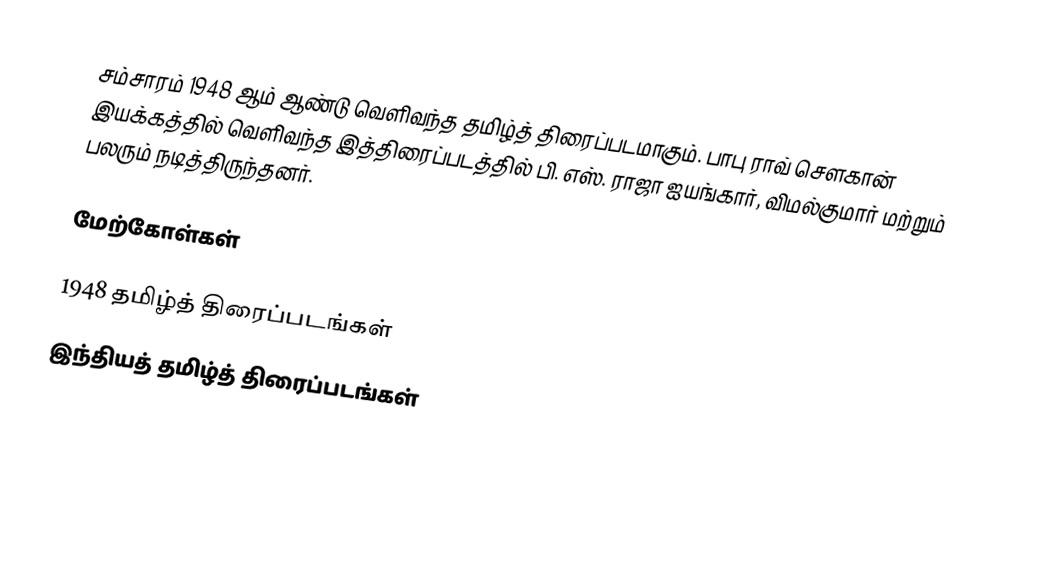
சம்சாரம் 1948 ஆம் ஆண்டு வெளிவந்த தமிழ்த் திரைப்படமாகும். பாபு ராவ் சௌகான் இயக்கத்தில் வெளிவந்த இத்திரைப்படத்தில் பி. எஸ். ராஜா ஐயங்கார், விமல்குமார் மற்றும் பலரும் நடித்திருந்தனர்.

மேற்கோள்கள்

1948 தமிழ்த் திரைப்படங்கள்
இந்தியத் தமிழ்த் திரைப்படங்கள்